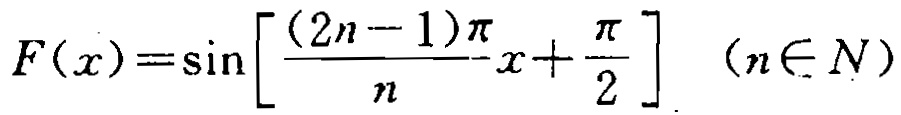
\(F(x)=\sin\left[\frac{(2n - 1)\pi}{n}x+\frac{\pi}{2}\right]\quad(n\in N)\)